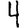
Digit: 4